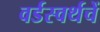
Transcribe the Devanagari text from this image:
वर्डस्वर्थचें